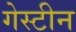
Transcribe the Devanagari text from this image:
गेस्टीन